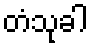
တံသုခါ